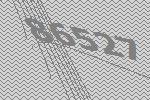
86527